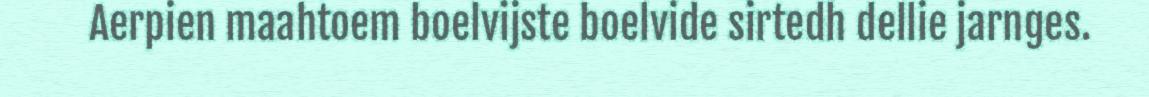
Aerpien maahtoem boelvijste boelvide sirtedh dellie jarnges.